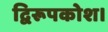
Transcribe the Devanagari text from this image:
द्विरूपकोश।